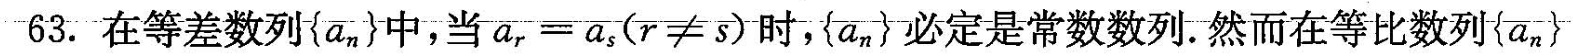
63.在等差数列{a_{n}}中，当a_{r}=a{s}(r\ne s)时，{a_{n}}必定是常数数列.然而在等比数列{a_{n}}